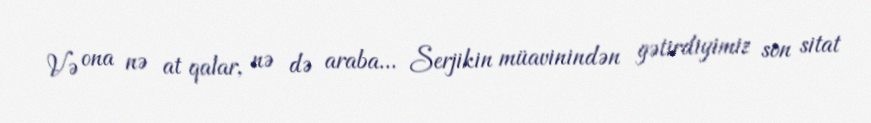
Və ona nə at qalar, nə də araba... Serjikin müavinindən gətirdiyimiz son sitat